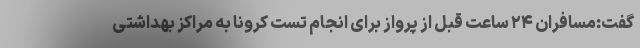
گفت:مسافران ۲۴ ساعت قبل از پرواز برای انجام تست کرونا به مراکز بهداشتی